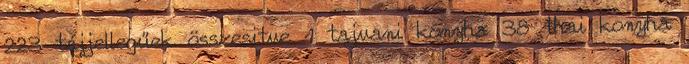
223 tájjellegűek összesitve 1 tajvani konyha 38 thai konyha